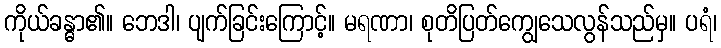
ကိုယ်ခန္ဓာ၏။ ဘေဒါ၊ ပျက်ခြင်းကြောင့်။ မရဏာ၊ စုတိပြတ်ကျွေသေလွန်သည်မှ။ ပရံ၊